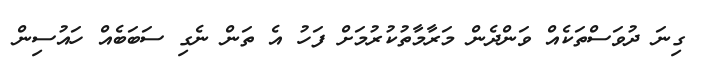
ގިނަ ދުވަސްތަކެއް ވަންދެން މަރާމާތުކުރުމަށް ފަހު އެ ތަން ނެގި ސަބަބެއް ހައުސިން